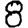
Digit: 8